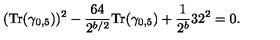
( { \mathrm { T r } } ( \gamma _ { 0 , 5 } ) ) ^ { 2 } - { \frac { 6 4 } { 2 ^ { b / 2 } } } { \mathrm { T r } } ( \gamma _ { 0 , 5 } ) + { \frac { 1 } { 2 ^ { b } } } 3 2 ^ { 2 } = 0 .